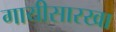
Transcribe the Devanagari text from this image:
गायीसारखा